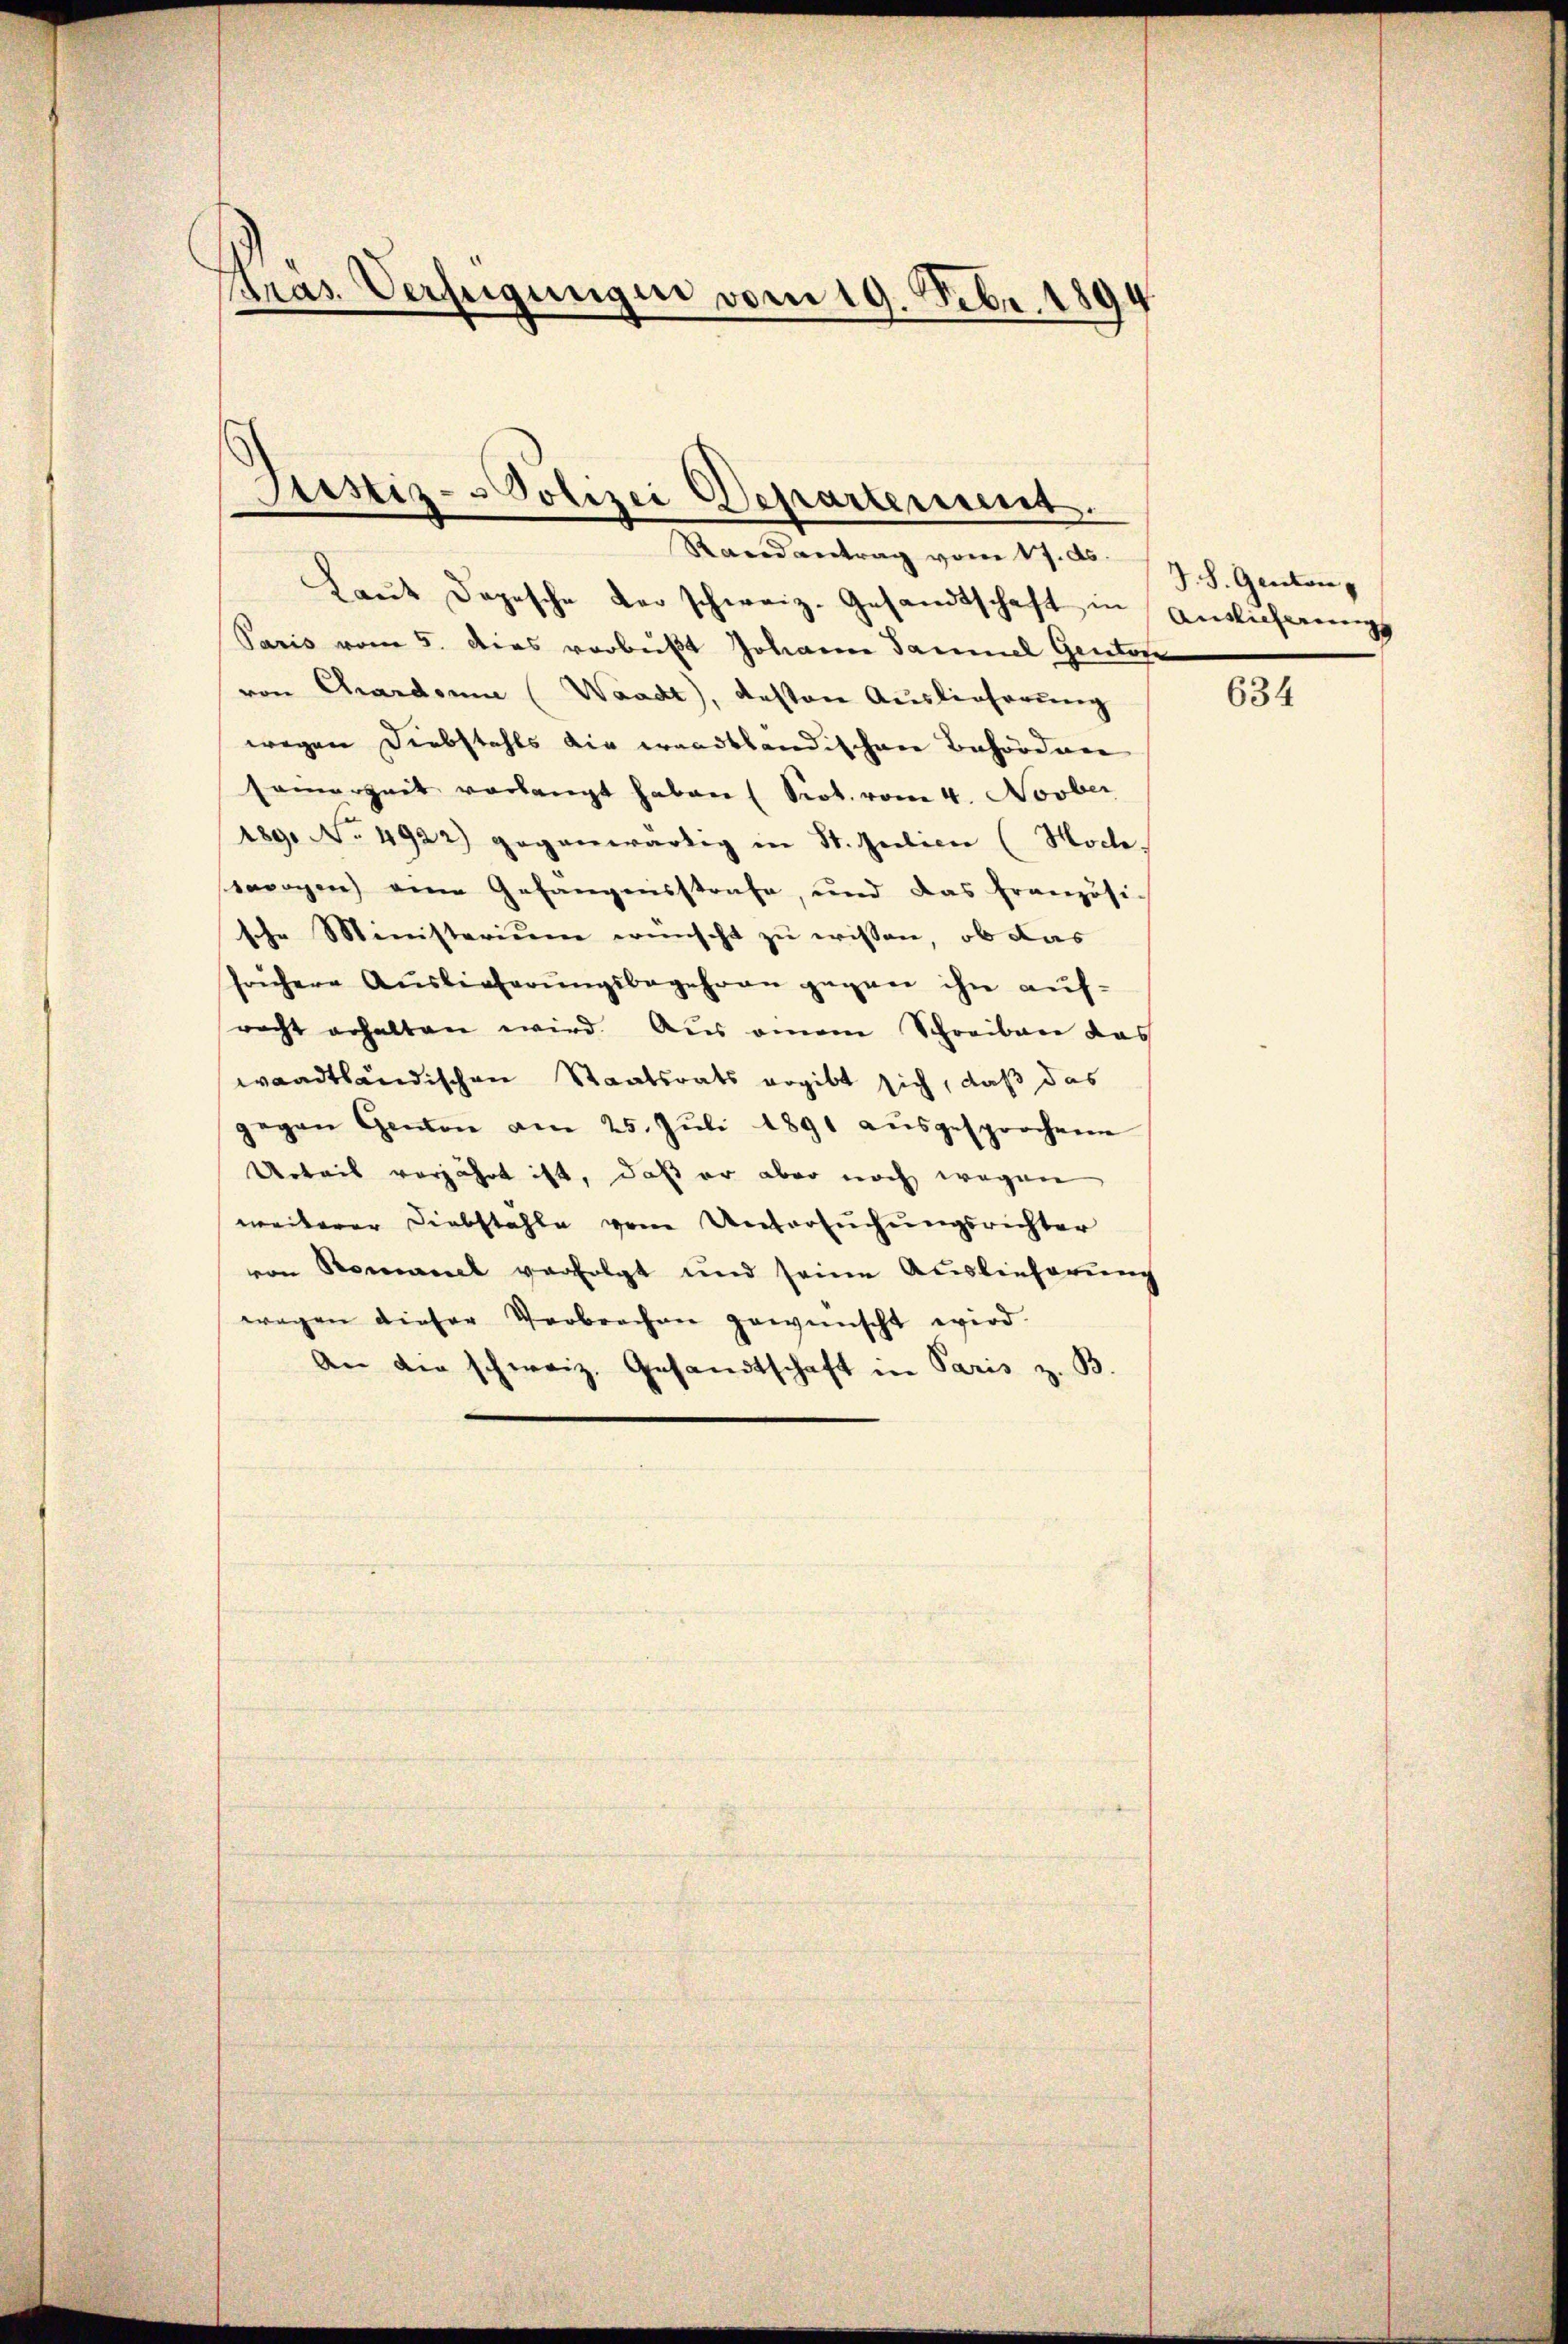
Kras Verfügungen vom 19. Febr. 1894

Justiz-Polizei Departement.
Randantrag vom 17. ds J. J. Ganton

Laŭt Depesche der schweiz. Gesandtschaft in Antlicherŭngs
Paris vom 5. Dies verbüßt Johann Sammel Gentone
von Chardonne (Waadt, besten Auslieferung
wegen Diebstahls die waadtländischen Behördenen
seinerzeit verlangt haben (Srot. vom 4. Novber
189. No. 4922) gegenwärtig in St. Geilice (Hoche
swagen eine Gefangensstrafe, und das französi-
sche Ministerium wünscht zu wissen, ob das
frühere Auslieferungsbegehren gegen ihn aufrecht erhalten wird. Aus einem Schreiben das
waadtländischen Staatsrats ergibt sich, daß das
gegen Genon am 25. Jŭli 1891 aŭsgesprochene
Urteil verjährt ist, daß er aber noch wegen
weiterer Diebstähle vom Untersuchungsrichter
von Romanek verfolgt und seine Auslieferung
wegen dieser Verbrechen gewünscht wird.
An die schweiz. Gesandtschaft in Paris z. B.

634